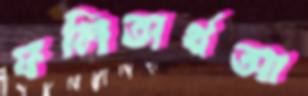
ফলিতার্থআ